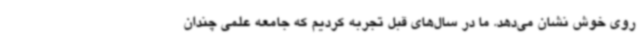
روی خوش نشان می‌دهد. ما در سال‌های قبل تجربه کردیم که جامعه علمی چندان